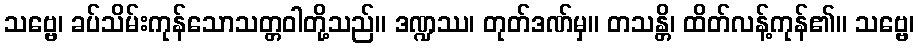
သဗ္ဗေ၊ ခပ်သိမ်းကုန်သောသတ္တဝါတို့သည်။ ဒဏ္ဍဿ၊ တုတ်ဒဏ်မှ။ တသန္တိ၊ ထိတ်လန့်ကုန်၏။ သဗ္ဗေ၊